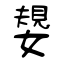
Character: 嫢